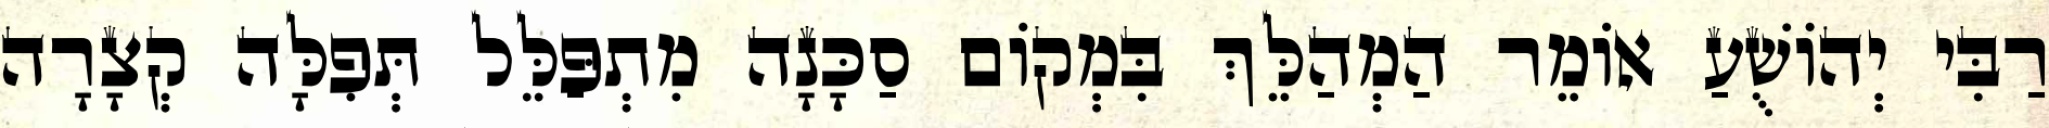
רַבִּי יְהוֹשֻׁעַ אוֹמֵר הַמְהַלֵּךְ בִּמְקוֹם סַכָּנָה מִתְפַּלֵּל תְּפִלָּה קְצָרָה